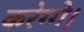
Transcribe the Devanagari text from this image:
करेग्गे।